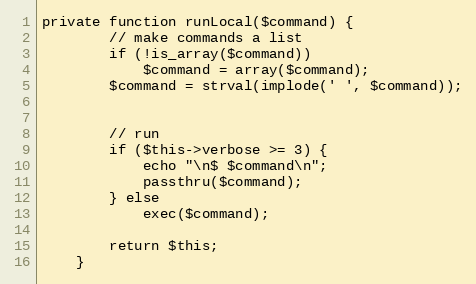
Language: PHP
private function runLocal($command) {
		// make commands a list
		if (!is_array($command))
			$command = array($command);
		$command = strval(implode(' ', $command));

		// run
		if ($this->verbose >= 3) {
			echo "\n$ $command\n";
			passthru($command);
		} else
			exec($command);

		return $this;
	}